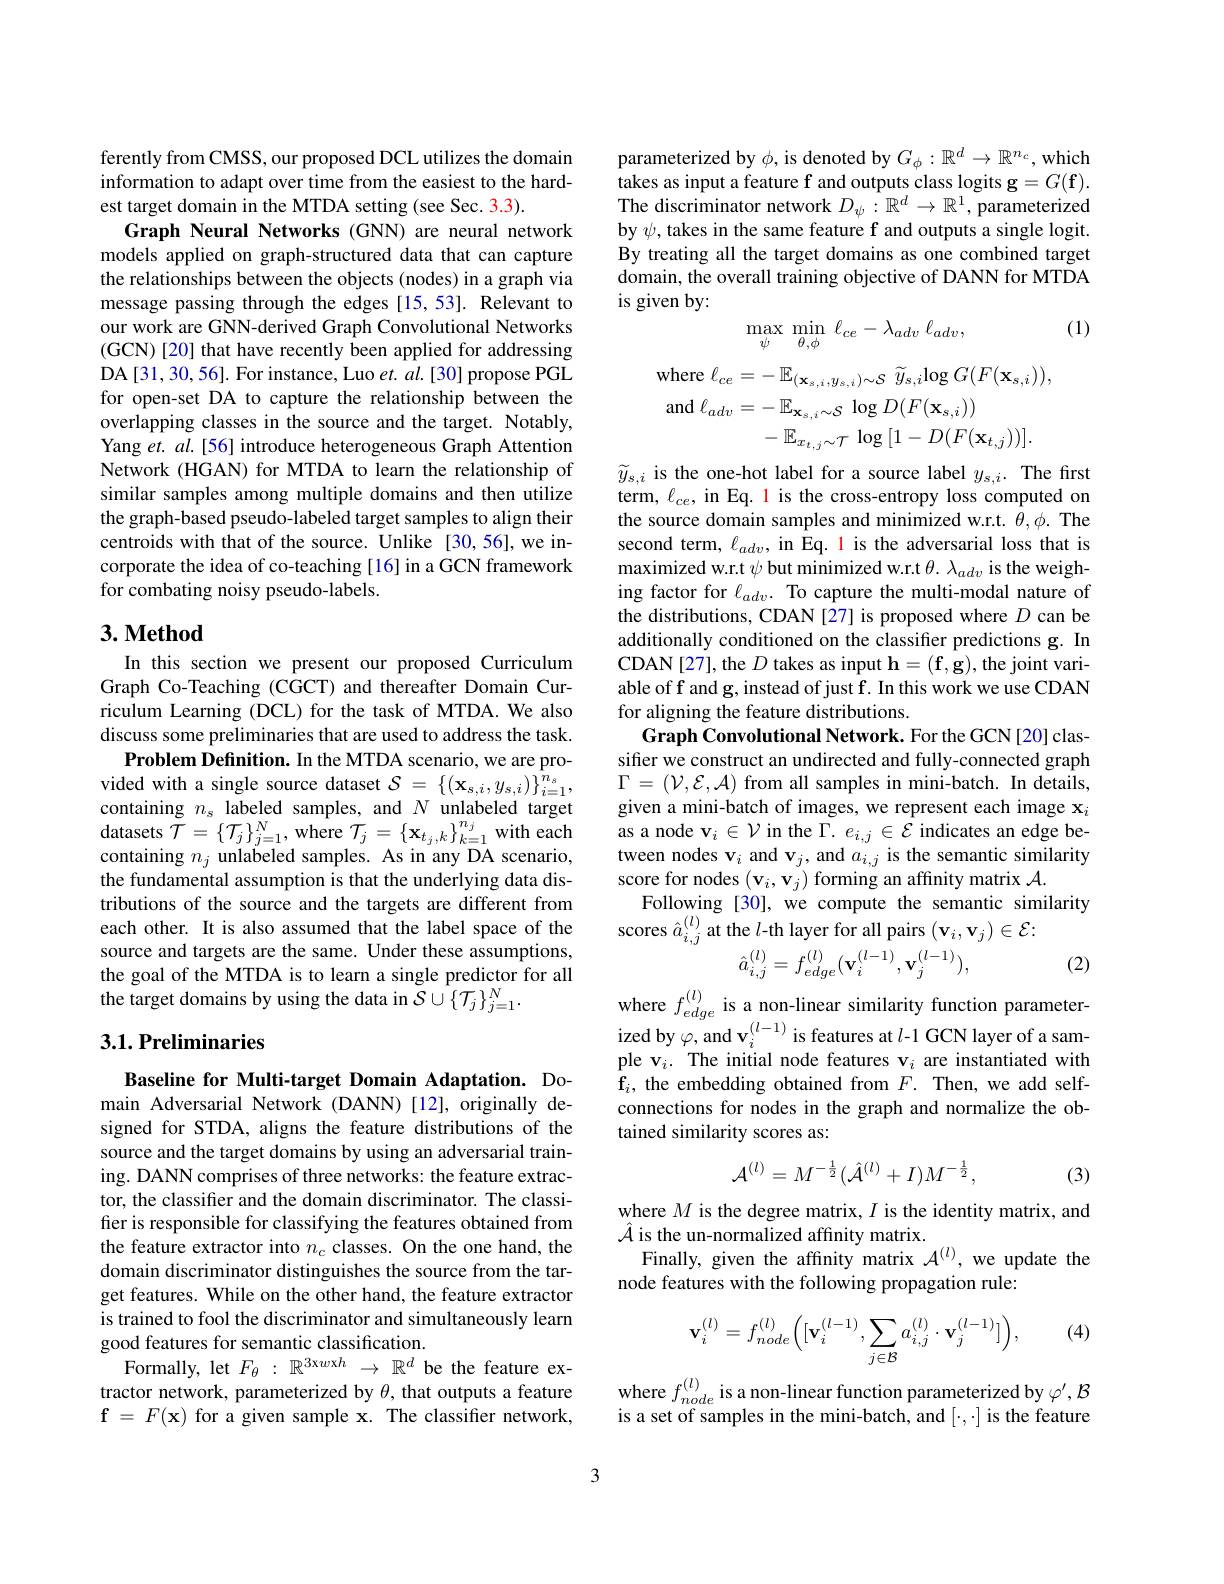
ferently from CMSS, our proposed DCL utilizes the domain information to adapt over time from the easiest to the hardest target domain in the MTDA setting (see Sec. 3.3).
Graph Neural Networks (GNN) are neural network models applied on graph-structured data that can capture the relationships between the objects (nodes) in a graph via message passing through the edges [15,53]. Relevant to our work are GNN-derived Graph Convolutional Networks (GCN) [ 20] that have recently been applied for addressing DA[31,30,56]. For instance, Luo $et.al.[30]$ propose PGL for open-set DA to capture the relationship between the $\hat{\text{overlapping classes in the source and the target. Notably,}}$ Yang et. $al.[56]$ introduce heterogeneous Graph Attention Network (HGAN) for MTDA to learn the relationship of similar samples among multiple domains and then utilize the graph-based pseudo-labeled target samples to align their centroids with that of the source. Unlike [30,56],we incorporate the idea of co-teaching [16] in a GCN framework for combating noisy pseudo-labels.

## $3. \textbf{Method}$

In this section we present our proposed Curriculum Graph Co-Teaching (CGCT) and thereafter Domain Curriculum Learning (DCL) for the task of MTDA. We also discuss some preliminaries that are used to address the task.
Problem Definition. In the MTDA scenario, we are provided with a single source dataset $\mathcal{S}=\{(\mathbf{x}_{s,i},y_{s,i})\}_{i=1}^{n_s}$, containing $n_\mathrm{s}$ labeled samples, and $N$ unlabeled target datasets $\tilde{\mathcal{T}}=\{\mathcal{T}_j\}_{j=1}^N$, where $\tilde{\mathcal{T}}_j=\{\mathbf{x}_{t_j,k}\}_{k=1}^{n_j}$ with each containing $n_j$ unlabeled samples. As in any DA scenario, the fundamental assumption is that the underlying data distributions of the source and the targets are different from each other. It is also assumed that the label space of the source and targets are the same. Under these assumptions, the goal of the MTDA is to learn a single predictor for all the target domains by using the data in $\mathcal{S}\cup\{\mathcal{T}_j\}_{j=1}^N.$

### 3.1. Preliminaries

Baseline for Multi-target Domain Adaptation. Domain Adversarial Network (DANN)[12], originally designed for STDA, aligns the feature distributions of the source and the target domains by using an adversarial training. DANN comprises of three networks: the feature extractor, the classifier and the domain discriminator. The classifier is responsible for classifying the features obtained from the feature extractor into $n_c$ classes. On the one hand, the domain discriminator distinguishes the source from the target features. While on the other hand, the feature extractor is trained to fool the discriminator and simultaneously learn good features for semantic classification.
Formally, let $F_\theta:\mathbb{R}^{3\mathrm{x}w\mathrm{x}h}\to\mathbb{R}^d$ be the feature extractor network, parameterized by $\theta$, that outputs a feature $\mathbf{f}=F(\mathbf{x})$ for a given sample x. The classifier network,

parameterized by $\phi$, is denoted by $G_\phi:\mathbb{R}^d\to\mathbb{R}^{n_c}$, which $\hat{\text{takes as input a feature f and outputs class logits g}} = G( \mathbf{f} ) .$ The discriminator network $D_\psi:\mathbb{R}^d\to\mathbb{R}^1$, parameterized by $\psi$, takes in the same feature f and outputs a single logit. By treating all the target domains as one combined target domain, the overall training objective of DANN for MTDA is given by:
$$\max_\psi\:\min_{\theta,\phi}\:\ell_{ce}-\lambda_{adv}\:\ell_{adv},$$
(1)

where
$$\colon\ell_{ce}=-\:\mathbb{E}_{(\mathbf{x}_{s,i},y_{s,i})\sim\mathcal{S}}\:\widetilde{y}_{s,i}\mathrm{log}\:G(F(\mathbf{x}_{s,i})),$$
and $\ell_{adv}=-\mathbb{E}_{\mathbf{x}_{s,i}\sim\mathcal{S}}\log D(F(\mathbf{x}_{s,i}))$
$-\mathbb{E}_{x_{t,j}\sim\mathcal{T}}\log\left[1-D(F(\mathbf{x}_{t,j}))\right].$

$\widetilde{y}_{s,i}$ is the one-hot label for a source label $y_s,i.$ The first term, $\ell_{ce}$, in Eq. l is the cross-entropy loss computed on the source domain samples and minimized w.r.t. $\theta,\phi.$ The second term, $\ell_{adv}$, in Eq. l is the adversarial loss that is maximized w.r.t $\psi$ but minimized w.r.t $\theta.\lambda_{adv}$ is the weighing factor for $\ell_{adv}.$ To capture the multi-modal nature of the distributions, CDAN[27] is proposed where $D$ can be additionally conditioned on the classifier predictions g. In CDAN[27], the $D$ takes as input $\mathbf{h}=(\mathbf{f},\mathbf{g})$, the joint variable of f and g, instead of just f. In this work we use CDAN for aligning the feature distributions.
Graph Convolutional Network. For the GCN[20] classifier we construct an undirected and fully-connected graph $\Gamma=(\mathcal{V},\mathcal{E},\mathcal{A})$ from all samples in mini-batch. In details, given a mini-batch of images, we represent each image $\mathbf{x}_i$ as a node $\mathbf{v}_i\in\mathcal{V}$ in the $\Gamma.e_i,j\in\mathcal{E}$ indicates an edge between nodes v$_i$ and v$_j$, and $a_i,j$ is the semantic similarity score for nodes $(\mathbf{v}_i,\mathbf{v}_j)$ forming an affinity matrix $\mathcal{A}.$
Following [30], we compute the semantic similarity
scores $\hat{a}_{i,j}^{(l)}$ at the $l$-th layer for all pairs $(\mathbf{v}_i,\mathbf{v}_j)\in\mathcal{E}:$
(2)
$$\hat{a}_{i,j}^{(l)}=f_{edge}^{(l)}(\mathbf{v}_{i}^{(l-1)},\mathbf{v}_{j}^{(l-1)}),$$
where $f_{edge}^{( l) }$ is a non- linear similarity function parameter- ized by $\varphi , \mathrm{~and~v}_{i}^{( l- 1) }$ is features at $l$- 1 GCN layer of a sample v$_i.$ The initial node features $\mathbf{v}_i$ are instantiated with $\hat{f} _{i}$, the embedding obtained from $F.$ Then, we add selfconnections for nodes in the graph and normalize the obtained similarity scores as:
$$\mathcal{A}^{(l)}=M^{-\frac{1}{2}}(\hat{A}^{(l)}+I)M^{-\frac{1}{2}},$$
(3)

where $M$ is the degree matrix, $I$ is the identity matrix, and
$\hat{\mathcal{A}}$ is the un-normalized affinity matrix.
Finally, given the affinity matrix $\mathcal{A}^{(l)}$, we update the
node features with the following propagation rule:

(4)
$$\mathbf{v}_i^{(l)}=f_{node}^{(l)}\bigg([\mathbf{v}_i^{(l-1)},\sum_{j\in\mathcal{B}}a_{i,j}^{(l)}\cdot\mathbf{v}_j^{(l-1)}]\bigg),$$
where $f_node^{(l)}$ is a non-linear function parameterized by $\varphi^{\prime},\mathcal{B}$ is a set of samples in the mini-batch, and $[\cdot,\cdot]$ is the feature

3